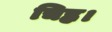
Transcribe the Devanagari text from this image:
चिह्न।